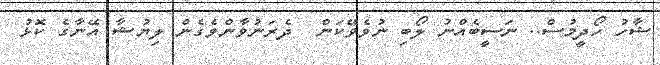
ޝާހު ހޯދީމުސް.. ނަސީބެއްނު ލޯބި ނުވެވޭކަން  ދެރަނުވާންވެގެން ލިޔުޝާ އޭނާގެ ކޮޅު